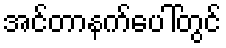
အင်တာနက်ပေါ်တွင်